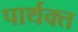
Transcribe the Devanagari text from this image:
पार्थक्त